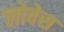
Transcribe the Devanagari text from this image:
लोवेस